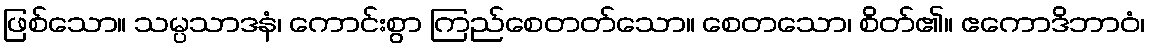
ဖြစ်သော။ သမ္ပသာဒနံ၊ ကောင်းစွာ ကြည်စေတတ်သော။ စေတသော၊ စိတ်၏။ ဧကောဒိဘာဝံ၊